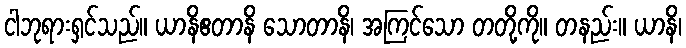
ငါဘုရားရှင်သည်။ ယာနိဧတာနိ သောတာနိ၊ အကြင်သော တတို့ကို။ တနည်း။ ယာနိ၊